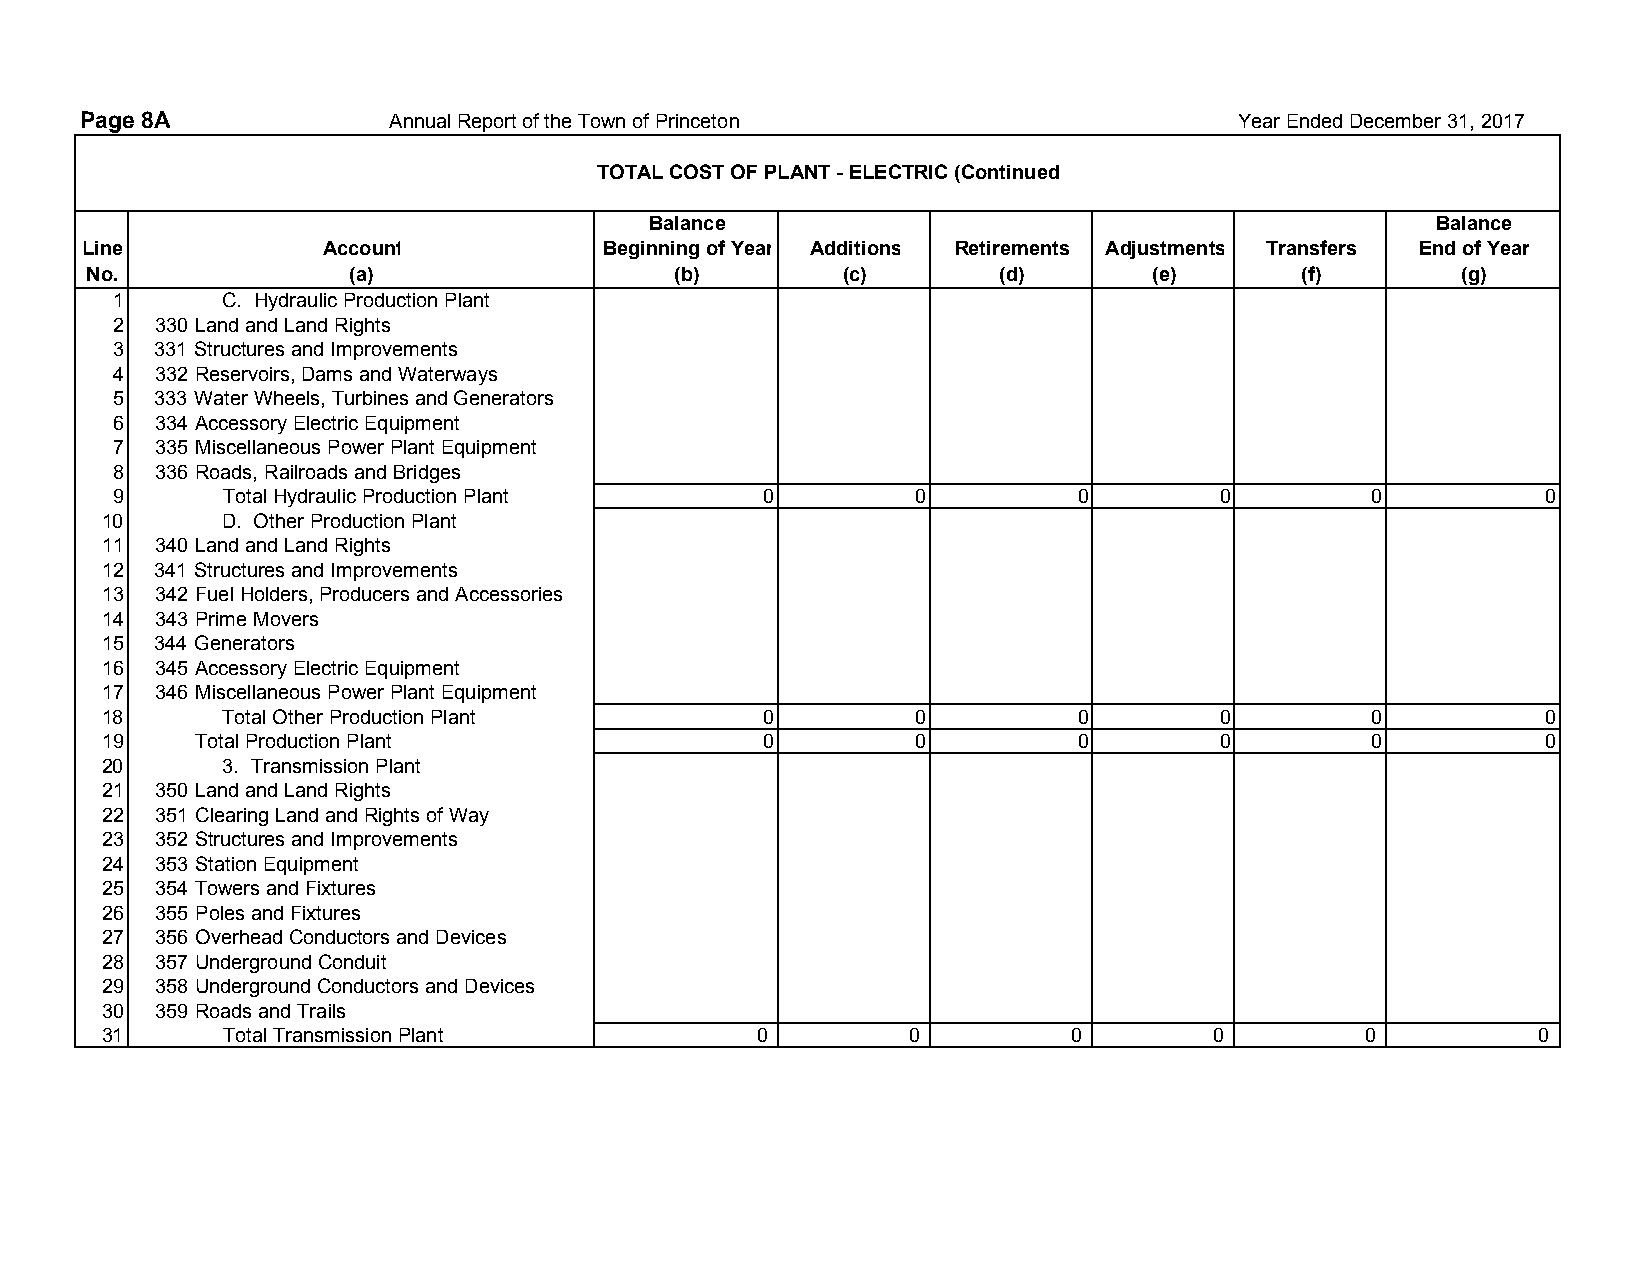
Page 8A              Annual Report of the Town of Princeton                  Year Ended December 31, 2017
 TOTAL COST OF PLANT - ELECTRIC (Continued
 Balance                                             Balance
 Line            Account            Beginning of Year Additions Retirements Adjustments Transfers End of Year
 No.              (a)                   (b)        (c)       (d)       (e)       (f)        (g)
 1       C. Hydraulic Production Plant
 2  330 Land and Land Rights
 3  331 Structures and Improvements
 4  332 Reservoirs, Dams and Waterways
 5  333 Water Wheels, Turbines and Generators
 6  334 Accessory Electric Equipment
 7  335 Miscellaneous Power Plant Equipment
 8  336 Roads, Railroads and Bridges
 9       Total Hydraulic Production Plant    0         0         0         0         0          0
 10      D. Other Production Plant
 11 340 Land and Land Rights
 12 341 Structures and Improvements
 13 342 Fuel Holders, Producers and Accessories
 14 343 Prime Movers
 15 344 Generators
 16 345 Accessory Electric Equipment
 17 346 Miscellaneous Power Plant Equipment
 18      Total Other Production Plant        0         0         0         0         0          0
 19    Total Production Plant                0         0         0         0         0          0
 20      3. Transmission Plant
 21 350 Land and Land Rights
 22 351 Clearing Land and Rights of Way
 23 352 Structures and Improvements
 24 353 Station Equipment
 25 354 Towers and Fixtures
 26 355 Poles and Fixtures
 27 356 Overhead Conductors and Devices
 28 357 Underground Conduit
 29 358 Underground Conductors and Devices
 30 359 Roads and Trails
 31      Total Transmission Plant           0         0          0        0         0           0